kultuurilooline_kollektsioon, lk 115
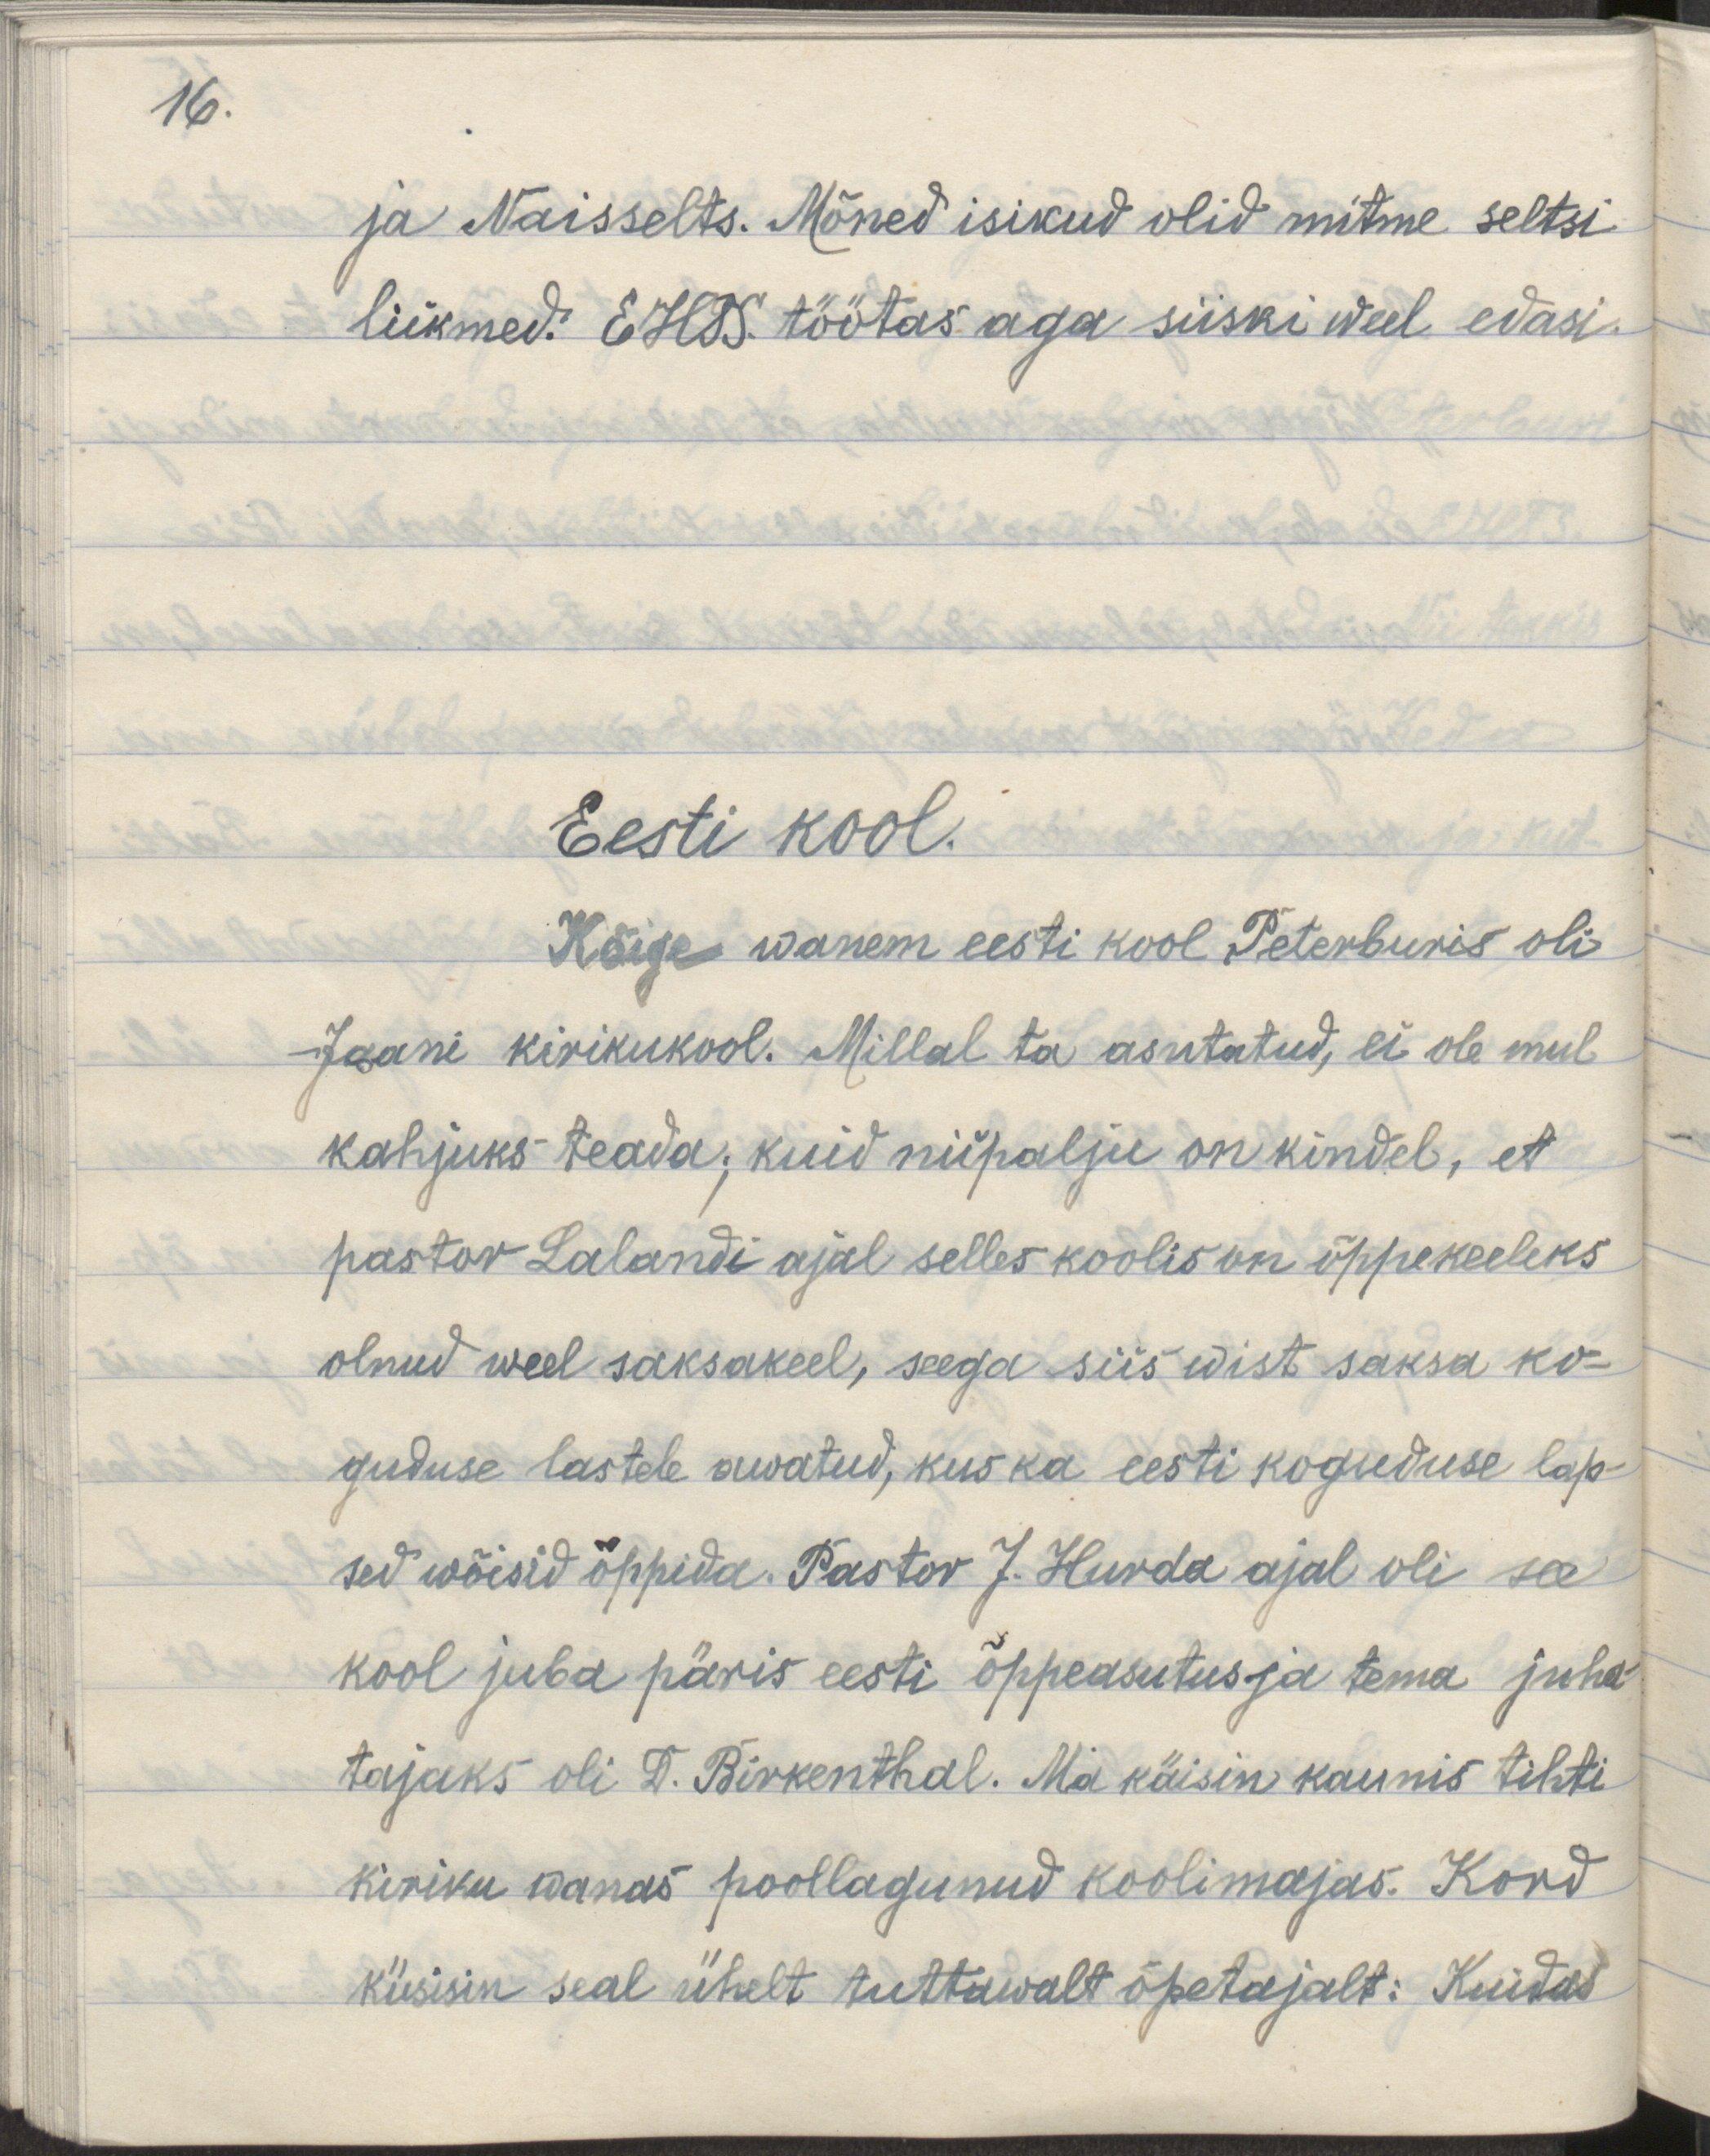
16.

ja Naisselts. Mõned isikud olid mitme seltsi
liikmed. EHTS töötas aga siiski weel edasi.

Eesti kool. 
Kõige wanem eesti kool Peterburis oli
Jaani kirikukool. Millal ta asutatud, ei ole mul
kahjuks teada, kuid niipalju on kindel, et 
pastor Lalandi ajal selles koolis on õppekeeleks
olnud weel saksakeel, seega siis wist saksa ko-
guduse lastele awatud, kus ka eesti koguduse lap-
sed wõisid õppida. Pastor J. Hurda ajal oli see
kool juba päris eesti õppeasutus ja tema juha-
tajaks oli D. Birkenthal. Ma käisin kaunis tihti
kiriku wanas poollagunud koolimajas. Kord
küsisin seal ühelt tuttawalt õpetajalt: Kuidas